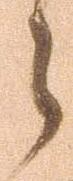
之